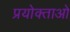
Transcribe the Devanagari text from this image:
प्रयोक्ताओ